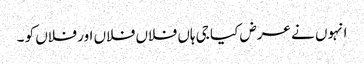
انہوں نے عرض کیا جی ہاں فلاں فلاں اور فلاں کو ۔